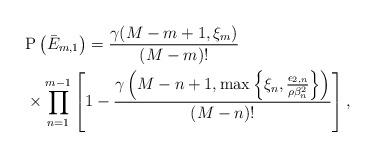
LaTeX: \begin{align*}&\mathrm{P}\left( \bar{E}_{m,1} \right) = \frac{\gamma(M-m+1,\xi_m)}{(M-m)!} \\ &\times \prod^{m-1}_{n=1}\left[1-\frac{\gamma\left(M-n+1,\max\left\{\xi_n, \frac{\epsilon_{2,n}}{\rho \beta_n^2 }\right\} \right)}{(M-n)!}\right] ,\end{align*}